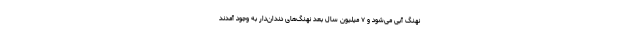
نهنگ‌ آبی می‌شود و ۷ میلیون سال بعد نهنگ‌های دندان‌دار به وجود آمدند